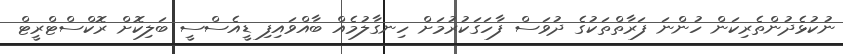
ނުކުޅެދުންތެރިކަން ހުންނަ ފަރާތްތަކުގެ ދުވަސް ފާހަގަކުރުމަށް ހިނގާލުމެއް ބާއްވައިފި ޑީއެސްސީ ބަލިކޮށް ރޮކްސްޓްރީޓް